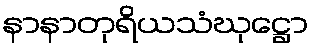
နာနာတုရိယသံဃုဋ္ဌော